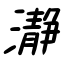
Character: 瀞